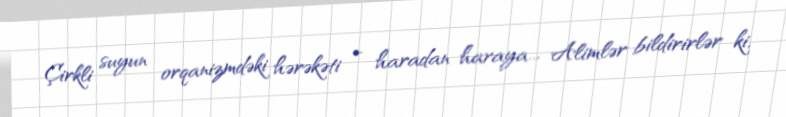
Çirkli suyun orqanizmdəki hərəkəti - haradan haraya... Alimlər bildirirlər ki,